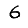
Digit: 6